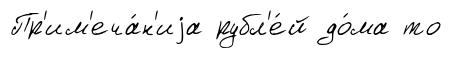
Пр'им'еча́н'иjа рубл'е́й до́ма то